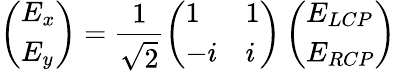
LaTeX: \left(\begin{array}{l}{E_{x}}\\ {E_{y}}\end{array}\right)=\frac{1}{\sqrt{2}}\left(\begin{array}{ll}{1}&{1}\\ {-i}&{i}\end{array}\right)\left(\begin{array}{l}{E_{LCP}}\\ {E_{RCP}}\end{array}\right)